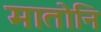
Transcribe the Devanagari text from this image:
मातोनि